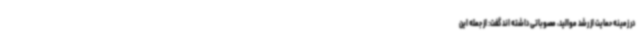
در زمینه حمایت از رشد موالید، مصوباتی داشته اند گفت: از جمله این